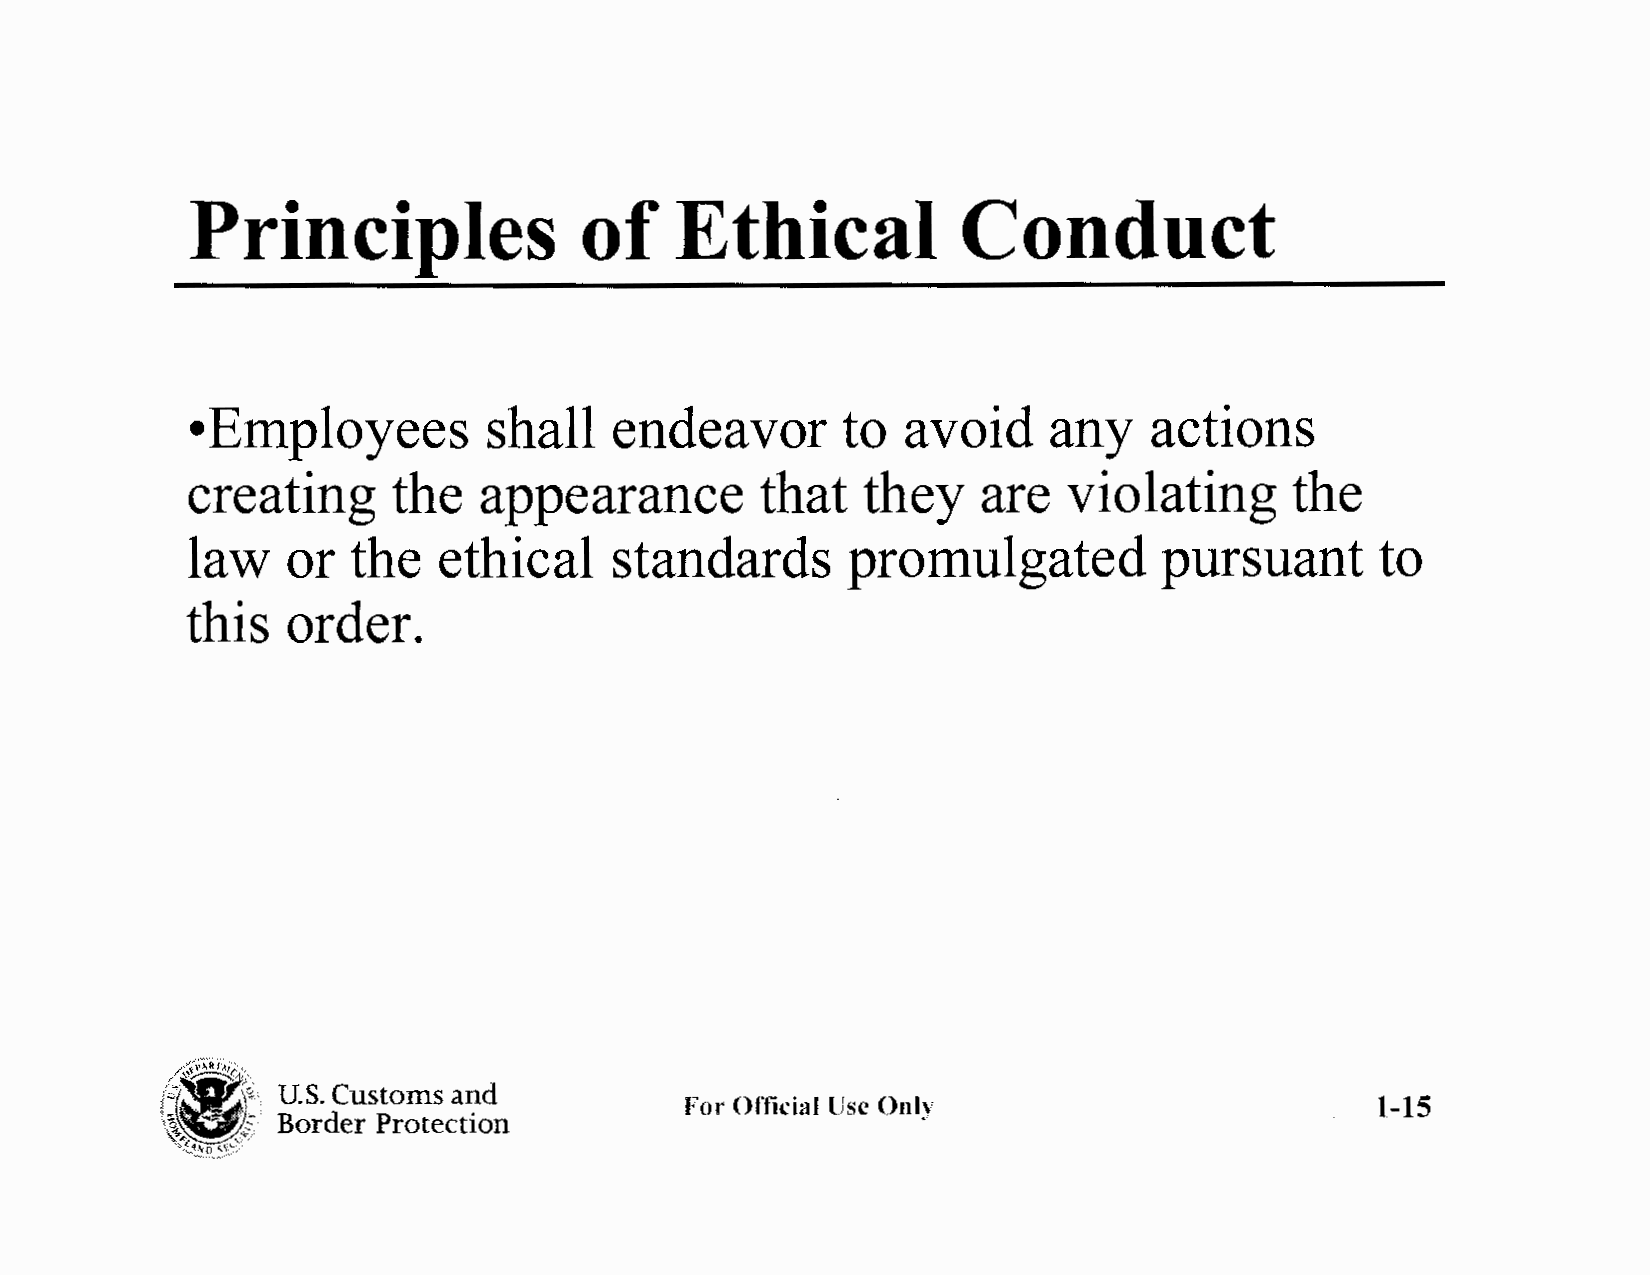
Principles                of     Ethical            Conduct
 •E mployees        shall   endeavor        to  avoid    any    actions
 creating      the   appearance        that   they    are   violating     the
 law    or  the   ethical    standards       promulgated          pursuant      to
 this   order.
 i/z;~,I:,,
 l\~~793E'.):,;-;' U.S. Customs and
 For Official lJse Only                        1-15
 Border Protection